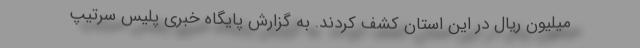
میلیون ریال در این استان کشف کردند. به گزارش پایگاه خبری پلیس سرتیپ